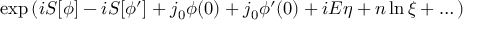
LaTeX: \exp \left( i S [ \phi ] - i S [ \phi ^ { \prime } ] + j _ { 0 } \phi ( 0 ) + j _ { 0 } \phi ^ { \prime } ( 0 ) + i E \eta + n \ln \xi + \dots \right)